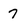
Character: 7